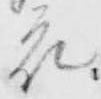
衣